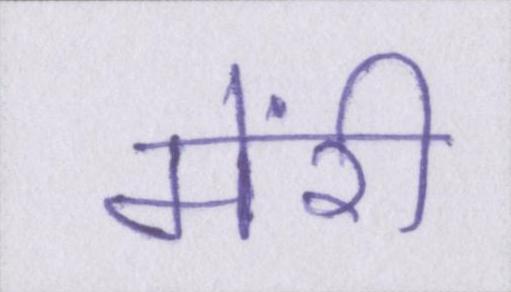
मेंरी